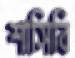
শাসিবি